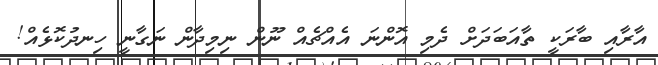
އާރާއި ބާރަކީ ތާއަަބަދަށް ދެމި އޮންނަ އެއްޗެއް ނޫން ނިމިދާން ނަގާނީ ހިނދުކޮޅެއް!